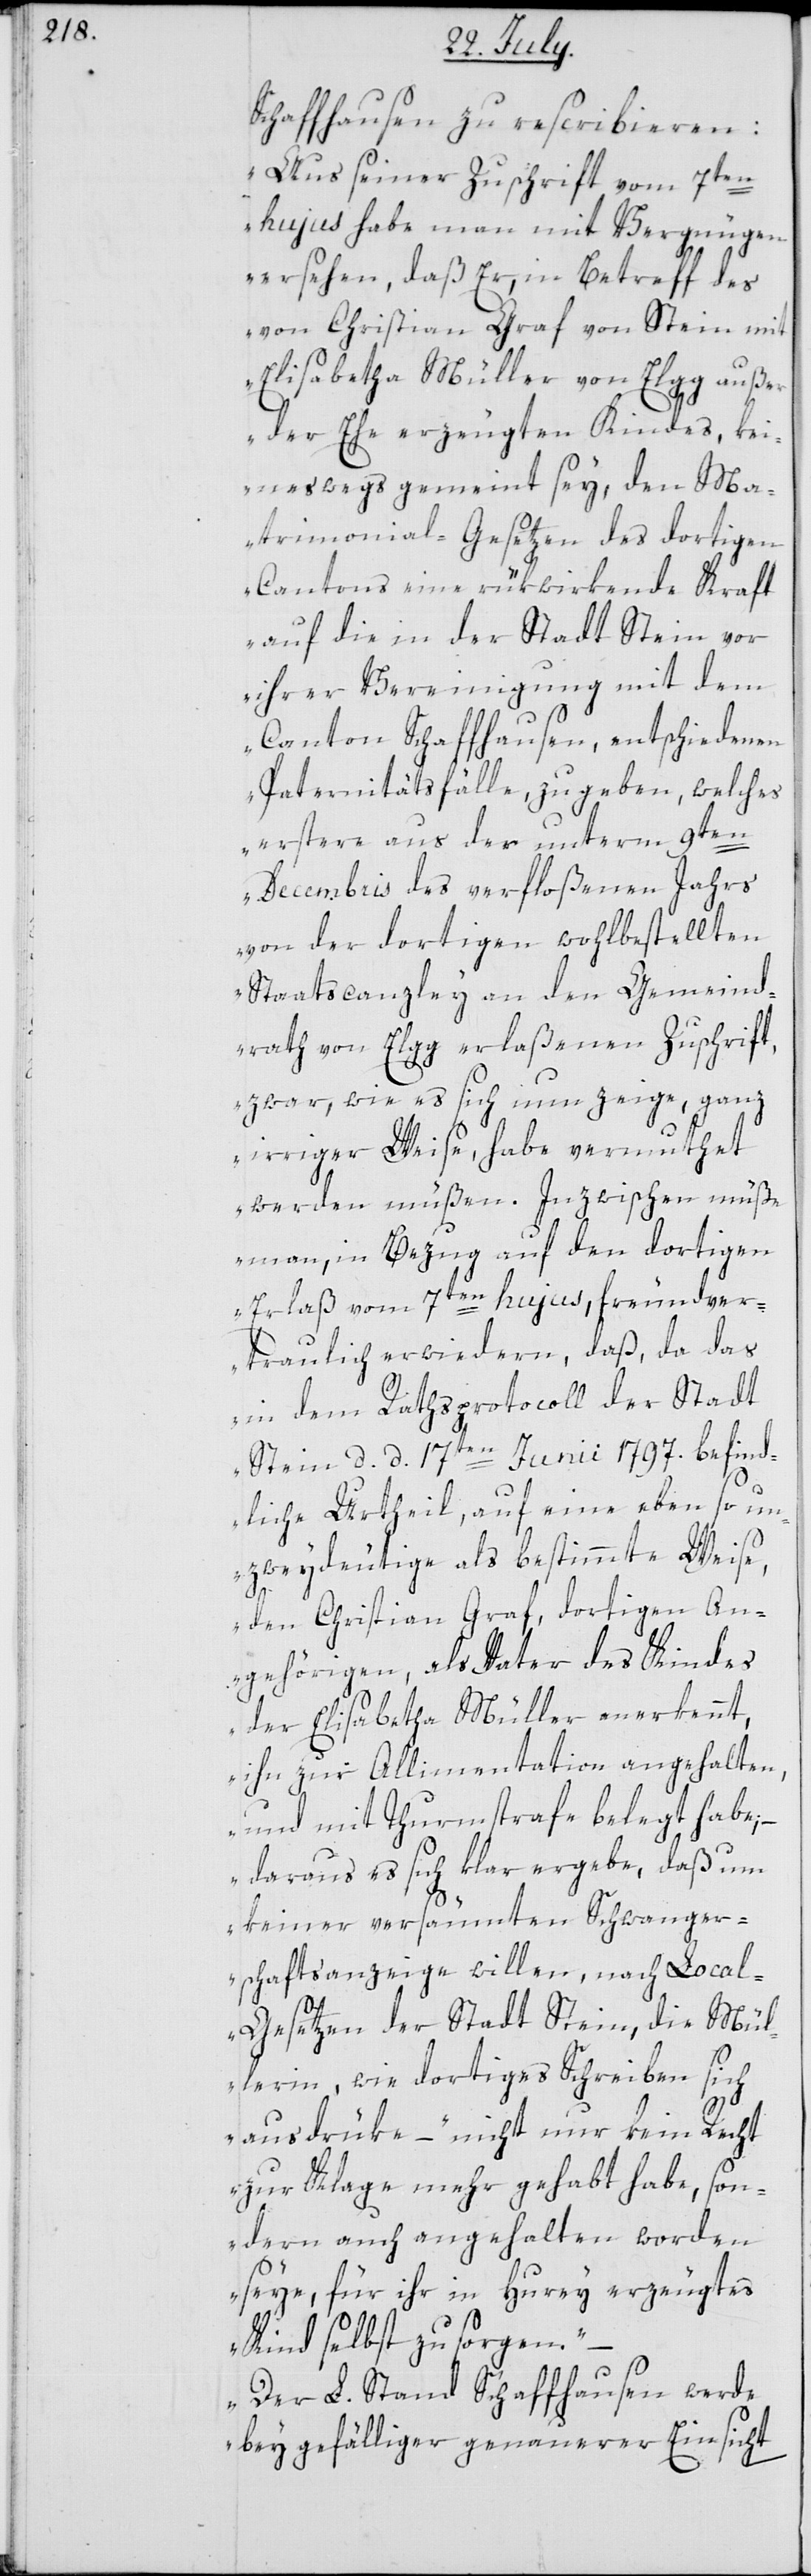
Schaffhausen zu rescribieren:
„Aus seiner Zuschrift vom 7ten
hujus habe man mit Vergnügen
ersehen, daß Er, in Betreff des
von Christian Graf von Stein mit
Elisabetha Müller von Elgg außer
der Ehe erzeugten Kindes, kei¬
neswegs gemeint sey, den Ma¬
trimonial-Gesetzen des dortigen
Cantons eine rükwirkende Kraft
auf die in der Stadt Stein vor
ihrer Vereinigung mit dem
Canton Schaffhausen, entschiedenen
Paternitätsfälle, zu geben, welches
erstere aus der unterm 9ten
Decembris des verfloßenen Jahrs
von der dortigen wohlbestellten
Staatscanzley an den Gemeind¬
rath von Elgg erlaßenen Zuschrift,
zwar wie es sich nun zeige, ganz
irriger Weise, habe vermuthet
werden müßen. Inzwischen müße
man, in Bezug auf den dortigen
Erlaß vom 7ten hujus, freundver¬
traulich erwidern, daß, da das
in dem Rathsprotocoll der Stadt
Stein, d. d. 17ten Junii 1797. befind¬
liche Urtheil, auf eine eben so un¬
zweydeutige als bestimmte Weise,
den Christian Graf, dortigen An¬
gehörigen, als Vater des Kindes
der Elisabetha Müller anerkennt,
ihn zur Allimenation angehalten,
und mit Thurmstrafe belegt habe; –
daraus es sich klar ergebe, daß um
keiner versäumten Schwanger¬
schaftsanzeige willen, nach Loca¬
l-Gesetzen der Stadt Stein, die Mül¬
lerin, wie dortiges Schreiben sich
ausdrüke,“ – nicht nur kein Recht
zur Klage mehr gehabt habe, son¬
dern auch angehalten worden
seye, für ihr in Hurey erzeugtes
Kind selbst zu sorgen.
Der L. Stand Schaffhausen werde
bey gefälliger genauerer Einsicht